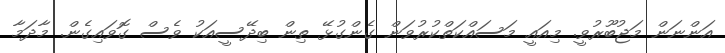
އަންނަން މަޖުބޫރުވީ. މިއައީ މަސައްކަތްކުރުވަން ގެންގުޅޭ ތިން ބިދޭސީއަކު ވެސް ގޮވައިގެން. މާދަމާ